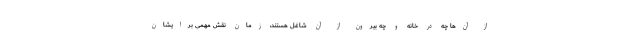
از آن‌ها چه در خانه و چه بیرون از آن شاغل هستند، زمان نقش مهمی برایشان